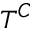
T ^ { C }